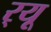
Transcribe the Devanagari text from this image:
र्‌यू